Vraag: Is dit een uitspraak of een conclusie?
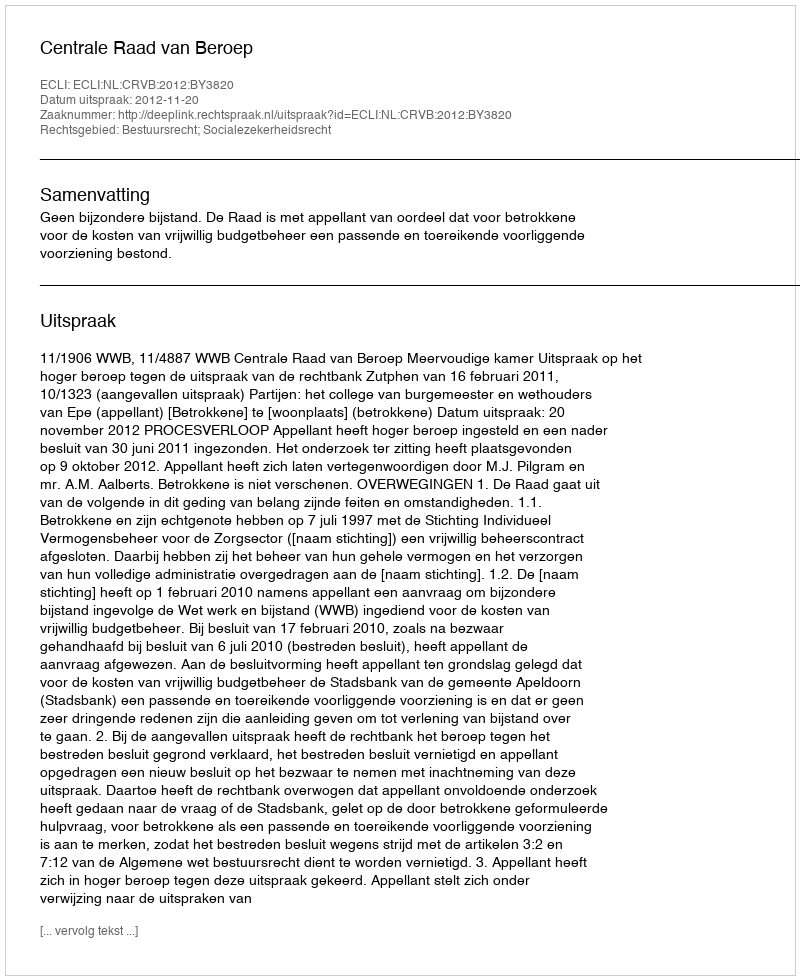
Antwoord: Uitspraak